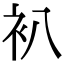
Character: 𧘋